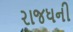
રાજધની